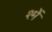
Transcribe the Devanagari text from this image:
श्में